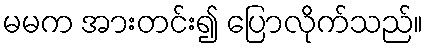
မမက အားတင်း၍ ပြောလိုက်သည်။